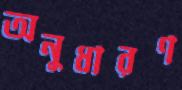
অনুধারণ